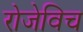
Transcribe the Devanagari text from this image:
रोजेविच